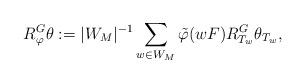
LaTeX: \begin{align*}R^G_{\varphi}\theta:=|W_M|^{-1}\sum_{w\in W_M}\tilde{\varphi}(wF)R^G_{T_w}\theta_{T_w},\end{align*}